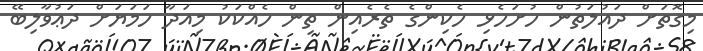
މިގޮތަށް ދައުލަތުން ހުށަހެޅި ހެކިންގެ ތެރެއިން ތިން ހެއްކަކު މިއަދާ ހަމަޔަށް ދަޢުވާލިބޭ